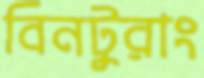
বিনটুরাং